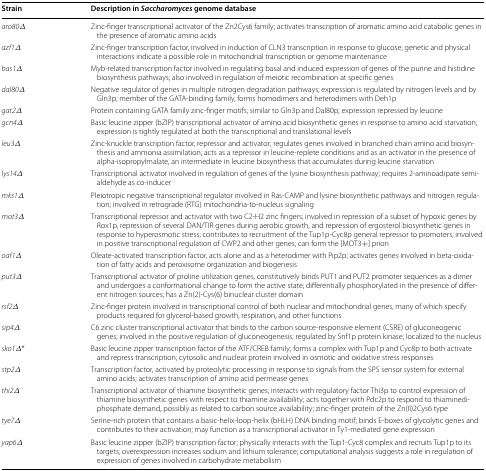
<table><thead><tr><td><b>Strain</b></td><td><b>Description in <i>Saccharomyces</i> genome database</b></td></tr></thead><tbody><tr><td><i>aro80∆</i></td><td>Zinc-finger transcriptional activator of the Zn2Cys6 family; activates transcription of aromatic amino acid catabolic genes in the presence of aromatic amino acids</td></tr><tr><td><i>azf1∆</i></td><td>Zinc-finger transcription factor, involved in induction of CLN3 transcription in response to glucose; genetic and physical interactions indicate a possible role in mitochondrial transcription or genome maintenance</td></tr><tr><td><i>bas1∆</i></td><td>Myb-related transcription factor involved in regulating basal and induced expression of genes of the purine and histidine biosynthesis pathways; also involved in regulation of meiotic recombination at specific genes</td></tr><tr><td><i>dal80∆</i></td><td>Negative regulator of genes in multiple nitrogen degradation pathways; expression is regulated by nitrogen levels and by Gln3p; member of the GATA-binding family, forms homodimers and heterodimers with Deh1p</td></tr><tr><td><i>gat2∆</i></td><td>Protein containing GATA family zinc-finger motifs; similar to Gln3p and Dal80p; expression repressed by leucine</td></tr><tr><td><i>gcn4∆</i></td><td>Basic leucine zipper (bZIP) transcriptional activator of amino acid biosynthetic genes in response to amino acid starvation; expression is tightly regulated at both the transcriptional and translational levels</td></tr><tr><td><i>leu3∆</i></td><td>Zinc-knuckle transcription factor, repressor and activator; regulates genes involved in branched chain amino acid biosynthesis and ammonia assimilation; acts as a repressor in leucine-replete conditions and as an activator in the presence of alpha-isopropylmalate, an intermediate in leucine biosynthesis that accumulates during leucine starvation</td></tr><tr><td><i>lys14∆</i></td><td>Transcriptional activator involved in regulation of genes of the lysine biosynthesis pathway; requires 2-aminoadipate semialdehyde as co-inducer</td></tr><tr><td><i>mks1∆</i></td><td>Pleiotropic negative transcriptional regulator involved in Ras-CAMP and lysine biosynthetic pathways and nitrogen regulation; involved in retrograde (RTG) mitochondria-to-nucleus signaling</td></tr><tr><td><i>mot3∆</i></td><td>Transcriptional repressor and activator with two C2-H2 zinc fingers; involved in repression of a subset of hypoxic genes by Rox1p, repression of several DAN/TIR genes during aerobic growth, and repression of ergosterol biosynthetic genes in response to hyperosmotic stress; contributes to recruitment of the Tup1p-Cyc8p general repressor to promoters; involved in positive transcriptional regulation of CWP2 and other genes; can form the [MOT3+] prion</td></tr><tr><td><i>oaf1∆</i></td><td>Oleate-activated transcription factor, acts alone and as a heterodimer with Pip2p; activates genes involved in beta-oxidation of fatty acids and peroxisome organization and biogenesis</td></tr><tr><td><i>put3∆</i></td><td>Transcriptional activator of proline utilization genes, constitutively binds PUT1 and PUT2 promoter sequences as a dimer and undergoes a conformational change to form the active state; differentially phosphorylated in the presence of different nitrogen sources; has a Zn(2)-Cys(6) binuclear cluster domain</td></tr><tr><td><i>rsf2∆</i></td><td>Zinc-finger protein involved in transcriptional control of both nuclear and mitochondrial genes, many of which specify products required for glycerol-based growth, respiration, and other functions</td></tr><tr><td><i>sip4∆</i></td><td>C6 zinc cluster transcriptional activator that binds to the carbon source-responsive element (CSRE) of gluconeogenic genes; involved in the positive regulation of gluconeogenesis; regulated by Snf1p protein kinase; localized to the nucleus</td></tr><tr><td><i>sko1∆</i>*</td><td>Basic leucine zipper transcription factor of the ATF/CREB family; forms a complex with Tup1p and Cyc8p to both activate and repress transcription; cytosolic and nuclear protein involved in osmotic and oxidative stress responses</td></tr><tr><td><i>stp2∆</i></td><td>Transcription factor, activated by proteolytic processing in response to signals from the SPS sensor system for external amino acids; activates transcription of amino acid permease genes</td></tr><tr><td><i>thi2∆</i></td><td>Transcriptional activator of thiamine biosynthetic genes; interacts with regulatory factor Thi3p to control expression of thiamine biosynthetic genes with respect to thiamine availability; acts together with Pdc2p to respond to thiaminediphosphate demand, possibly as related to carbon source availability; zinc-finger protein of the Zn(II)2Cys6 type</td></tr><tr><td><i>tye7∆</i></td><td>Serine-rich protein that contains a basic-helix-loop-helix (bHLH) DNA binding motif; binds E-boxes of glycolytic genes and contributes to their activation; may function as a transcriptional activator in Ty1-mediated gene expression</td></tr><tr><td><i>yap6∆</i></td><td>Basic leucine zipper (bZIP) transcription factor; physically interacts with the Tup1-Cyc8 complex and recruits Tup1p to its targets; overexpression increases sodium and lithium tolerance; computational analysis suggests a role in regulation of expression of genes involved in carbohydrate metabolism</td></tr></tbody></table>